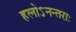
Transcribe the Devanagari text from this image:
हलोऽनन्तराः